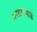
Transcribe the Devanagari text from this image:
जनसङ्ख्याके